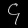
Digit: ၄